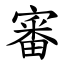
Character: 審